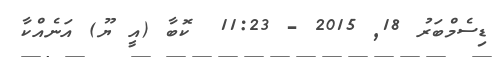
ޑިސެމްބަރު 18